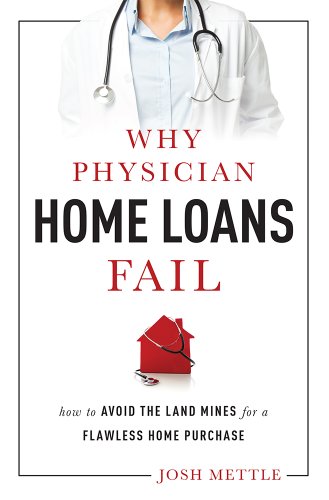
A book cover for Why Physician Home Loans Fail: How To AVOID THE LAND MINES for a FLAWLESS HOME PURCHASE; Josh Mettle; Business & Money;